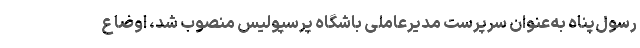
رسول‌پناه به‌عنوان سرپرست مدیرعاملی باشگاه پرسپولیس منصوب شد، اوضاع